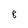
Character: 8